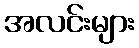
အလင်းများ